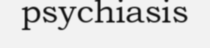
psychiasis